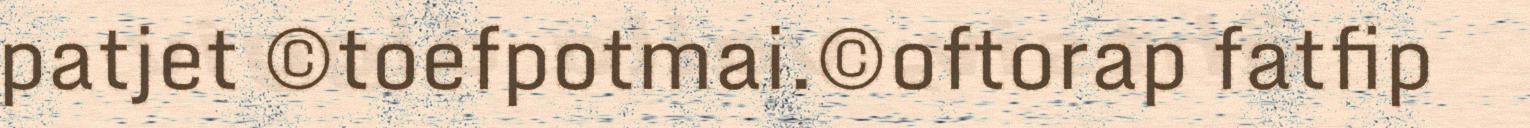
patjet ©toefpotmai.©oftorap fatfip